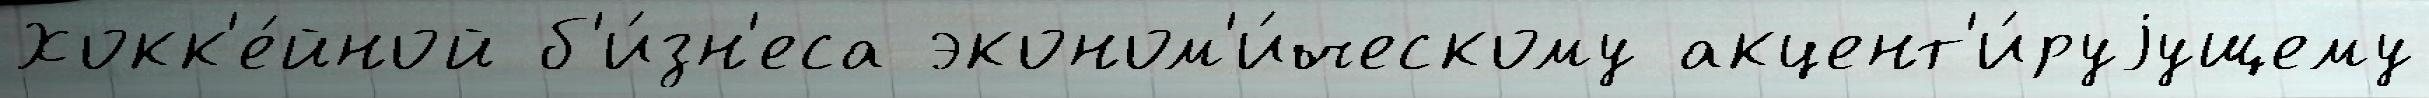
Хокк'е́йной б'и́зн'еса эконом'и́ческому акцент'и́руjущему